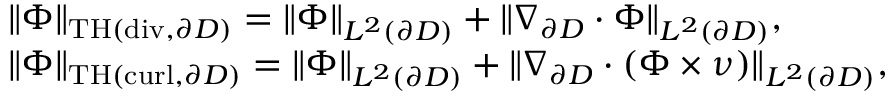
\begin{array} { r l } & { \| { \Phi } \| _ { \mathrm { T H } ( \mathrm { d i v } , \partial D ) } = \| { \Phi } \| _ { L ^ { 2 } ( \partial D ) } + \| \nabla _ { \partial D } \cdot { \Phi } \| _ { L ^ { 2 } ( \partial D ) } , } \\ & { \| { \Phi } \| _ { \mathrm { T H } ( \mathrm { c u r l } , \partial D ) } = \| { \Phi } \| _ { L ^ { 2 } ( \partial D ) } + \| \nabla _ { \partial D } \cdot ( { \Phi } \times \nu ) \| _ { L ^ { 2 } ( \partial D ) } , } \end{array}